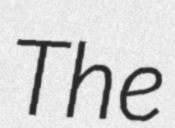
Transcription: The